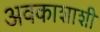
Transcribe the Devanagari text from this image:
अवकाशाशी